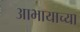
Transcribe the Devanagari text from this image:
आभायाच्या